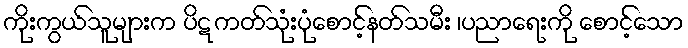
ကိုးကွယ်သူများက ပိဋကတ်သုံးပုံစောင့်နတ်သမီး ၊ပညာရေးကို စောင့်သော